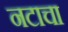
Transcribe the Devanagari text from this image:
नटाचा